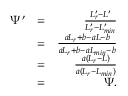
\begin{array} { r l r } { \Psi ^ { \prime } } & { = } & { \frac { L _ { r } ^ { \prime } - L ^ { \prime } } { L _ { r } ^ { \prime } - L _ { m i n } ^ { \prime } } } \\ & { = } & { \frac { a L _ { r } + b - a L - b } { a L _ { r } + b - a L _ { m i n } - b } } \\ & { = } & { \frac { a ( L _ { r } - L ) } { a ( L _ { r } - L _ { m i n } ) } } \\ & { = } & { \Psi . } \end{array}